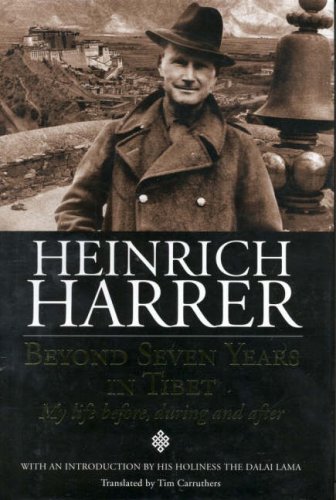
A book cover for Beyond Seven Years in Tibet - My Life Before, During and After; Heinrich Harrer; Travel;